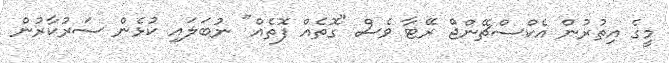
މީގެ އިތުރުން އެކްސްޗޭންޖް ރޭޓާ ވެސް "ގޮތެއް ފޮތެއް" ނުބަލައި ކުޅެން ސަރުކާރުން